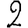
Digit: 2